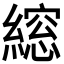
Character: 𮈾